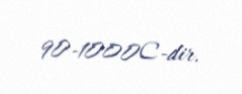
90-1000C-dir.